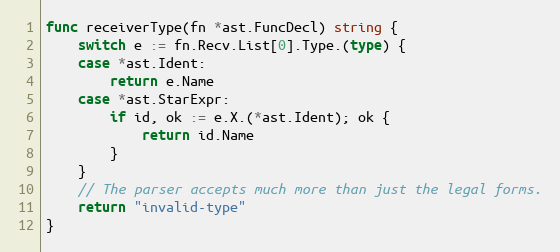
Language: Go
func receiverType(fn *ast.FuncDecl) string {
	switch e := fn.Recv.List[0].Type.(type) {
	case *ast.Ident:
		return e.Name
	case *ast.StarExpr:
		if id, ok := e.X.(*ast.Ident); ok {
			return id.Name
		}
	}
	// The parser accepts much more than just the legal forms.
	return "invalid-type"
}